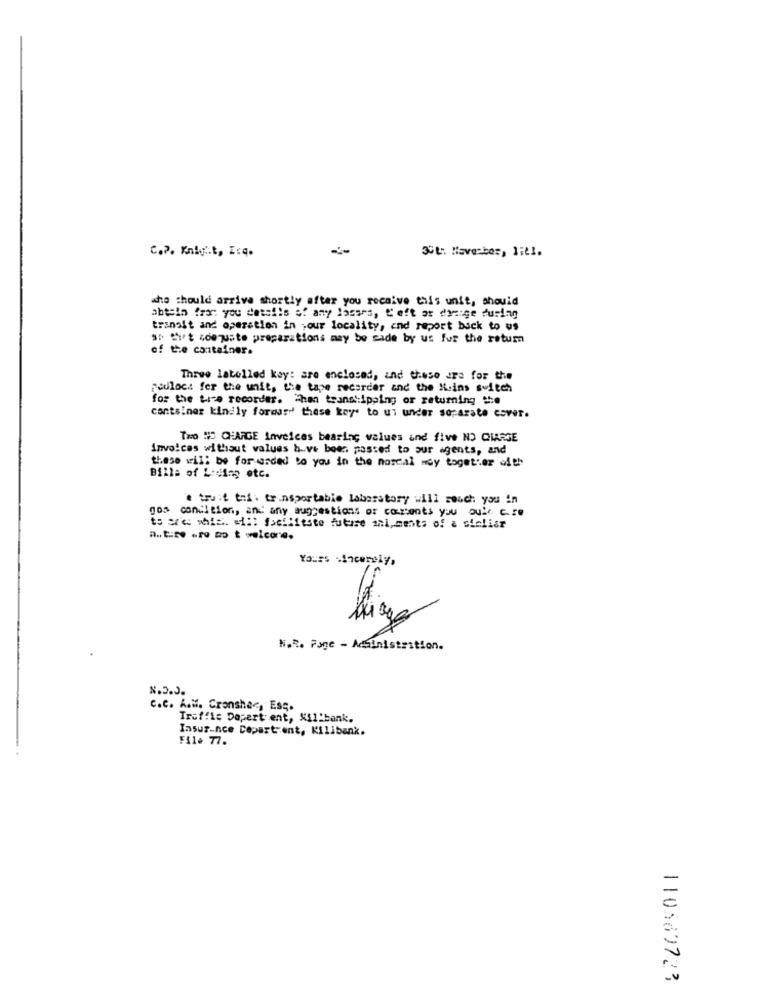
30th November, lit1.
C.P. Knight, Icq.
who should arrive shortly after you receive this unit, should
abtein from: you detsiis of any lasses, Left or donige during
transit and operation in our locality, and report back to us
sp that coejuste preparations may be sade by us fur the return
of the container.
Three labelled kay: are enclosed, and these are for the
Foulacs fer the unit, the tape recorder and the Keins switch
for the Lice recorder. "han transtipping or returning #:e
container kindly forossd' these keys to ul under soparate cover.
Two #D CHARGE Invoices bearing values and five NO CHARGE
invoices without values b-ve been passed to our agents, and
these will be for warded to you in the noscal moy together with
Billa of Losing etc.
'e tru:{ thi. tr.nsportable laboratory will rouch you in
gos condition, and any suggestions or coments you ouir c=o
to are whis. elf: foeflitste future ani, ments of & sinliar
a.t.zo oro mo t melcore.
Yours Sincerely,
N.R. Page - Administration.
N.D.J.
C.C. A.M. Cronsher, Esq.
Truffle Dopert ent, Xil:bank.
Insur-nce Depart ent, Kilibank.
FIL. 77.
110569723